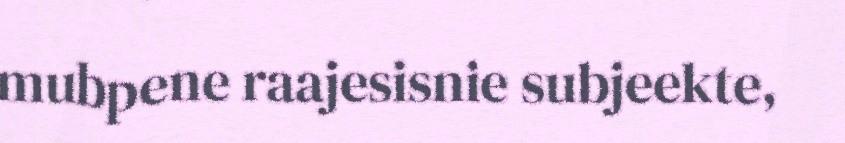
mubpene raajesisnie subjeekte,